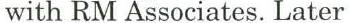
with RM Associates. Later